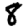
Digit: 8